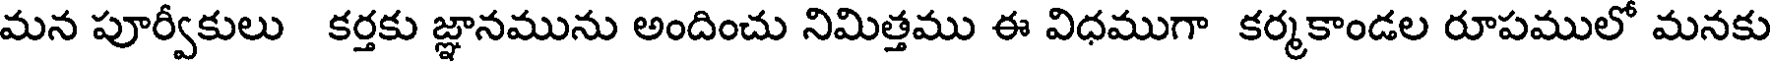
మన పూర్వీకులు కర్తకు జ్ఞానమును అందించు నిమిత్తము ఈ విధముగా కర్మకాండల రూపములో మనకు